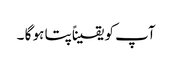
آپ کو یقیناًپتا ہو گا ۔